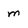
Character: m